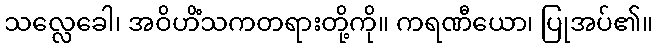
သလ္လေခေါ၊ အဝိဟိံသကတရားတို့ကို။ ကရဏီယော၊ ပြုအပ်၏။